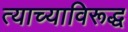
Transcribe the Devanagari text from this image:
त्याच्याविरूद्ध